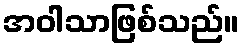
အဝါသာဖြစ်သည်။